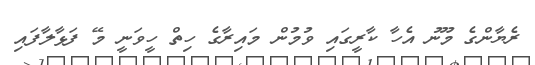
ރެޔާންގެ މޫނު އެހާ ކާރީގައި ވުމުން މައިރާގެ ހިތް ހީވަނީ މޭ ފަޅާލާފައި